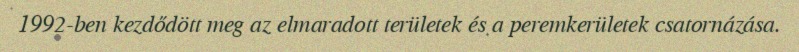
1992-ben kezdődött meg az elmaradott területek és a peremkerületek csatornázása.